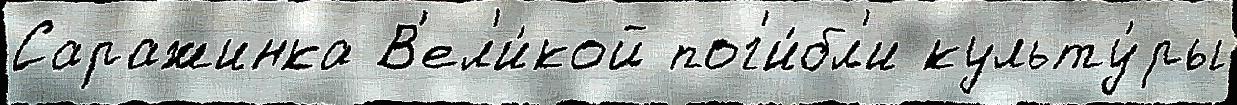
Саражинка В'ел'и́кой пог'и́бл'и культу́ры